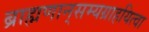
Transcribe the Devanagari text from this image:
ब्राह्मणान्‌सम्यग्राहयित्वा